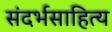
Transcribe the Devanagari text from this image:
संदर्भसाहित्य